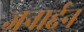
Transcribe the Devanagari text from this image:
जनार्द्दन